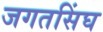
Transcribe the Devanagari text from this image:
जगतसिंघ